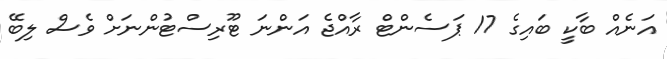
އަނެއް ބާކީ ބައިގެ 17 ޕަސެންޓް ރާއްޖެ އަންނަ ޓޫރިސްޓުންނަށް ވެސް ލިބޭ